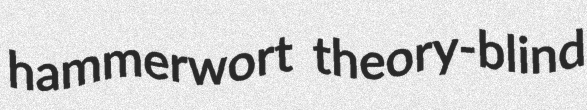
hammerwort theory-blind